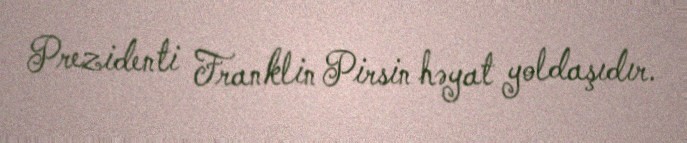
Prezidenti Franklin Pirsin həyat yoldaşıdır.